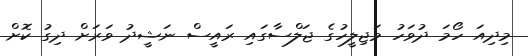
މިދިއަ ހޯމަ ދުވަހު މަޖިލީހުގެ ޖަލްސާގައި ރައީސް ނަޝީދު ވަރަށް ދިގު ކޮށް